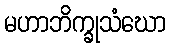
မဟာဘိက္ခုသံဃော